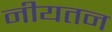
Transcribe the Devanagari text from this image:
नीयतन